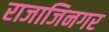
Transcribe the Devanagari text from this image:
राजाजिनगर